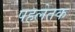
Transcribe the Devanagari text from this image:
पहलेतक